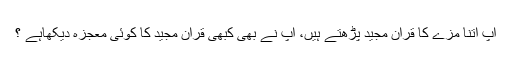
آپ اتنا مزے کا قرآن مجید پڑھتے ہیں، آپ نے بھی کبھی قرآن مجید کا کوئی معجزہ دیکھاہے ؟